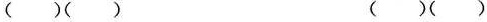
()() ()()